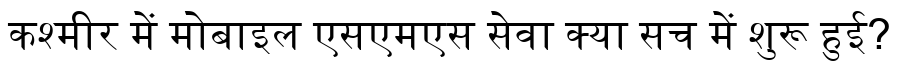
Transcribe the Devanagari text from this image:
कश्मीर में मोबाइल एसएमएस सेवा क्या सच में शुरू हुई?